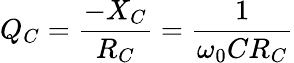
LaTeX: Q_{C}={\frac{-X_{C}}{R_{C}}}={\frac{1}{\omega_{0}CR_{C}}}